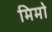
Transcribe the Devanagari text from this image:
मिमो